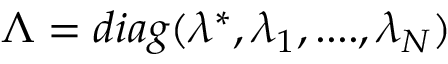
\boldsymbol { \Lambda } = d i a g ( \lambda ^ { * } , \lambda _ { 1 } , . . . . , \lambda _ { N } )